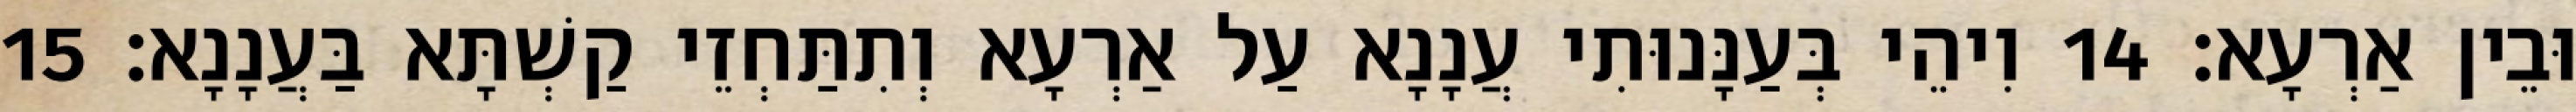
וּבֵין אַרְעָא׃ 14 וִיהֵי בְּעַנָּנוּתִי עֲנָנָא עַל אַרְעָא וְתִתַּחְזֵי קַשְׁתָּא בַּעֲנָנָא׃ 15